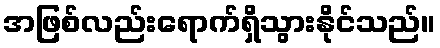
အဖြစ်လည်းရောက်ရှိသွားနိုင်သည်။